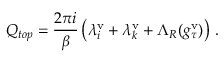
Q _ { t o p } = \frac { 2 \pi i } { \beta } \left( \lambda _ { i } ^ { \mathrm { v } } + \lambda _ { k } ^ { \mathrm { v } } + \Lambda _ { R } ( g _ { \tau } ^ { \mathrm { v } } ) \right) \, .